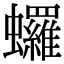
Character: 𬠻